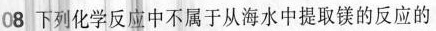
08 下列化学反应中不属于从海水中提取镁的反应的